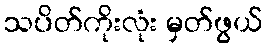
သပိတ်ကိုးလုံး မှတ်ဖွယ်